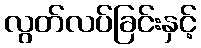
လွတ်လပ်ခြင်းနှင့်